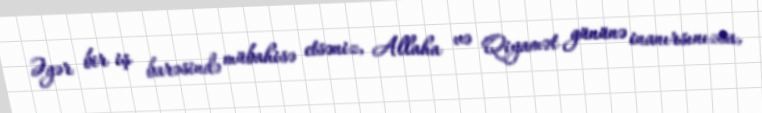
Əgər bir iş barəsində mübahisə etsəniz, Allaha və Qiyamət gününə inanırsınızsa,